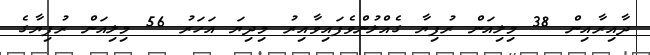
ދާއިރާއިން 38 މިލިއަން ރުފިޔާ ގެއްލުންވެފައިވާއިރު މިދިޔަ އަހަރު 56 މިލިއަން ރުފިޔާގެ